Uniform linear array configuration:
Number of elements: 32
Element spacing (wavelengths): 0.75
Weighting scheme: hamming
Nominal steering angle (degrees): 30
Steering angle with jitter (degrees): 29.562
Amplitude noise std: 0.05
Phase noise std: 0.05

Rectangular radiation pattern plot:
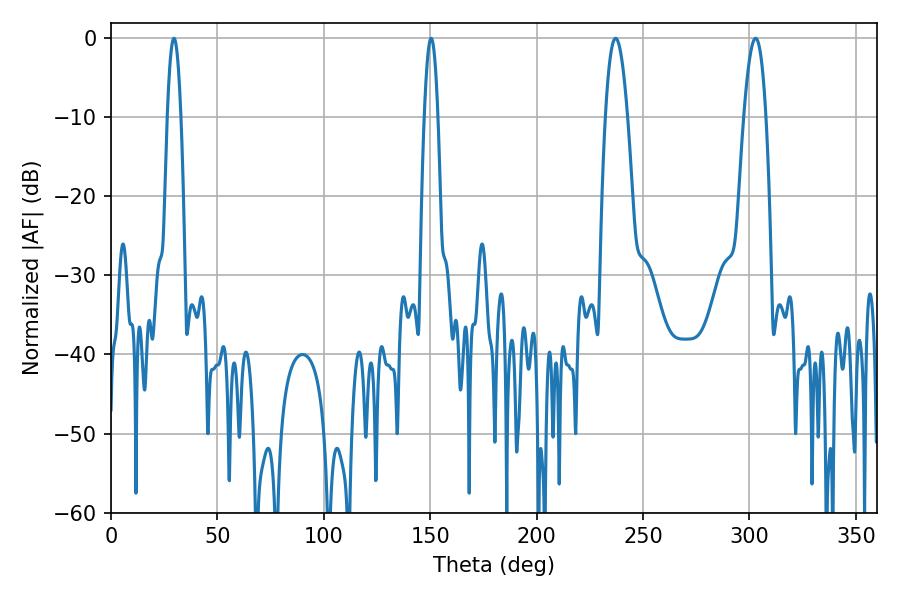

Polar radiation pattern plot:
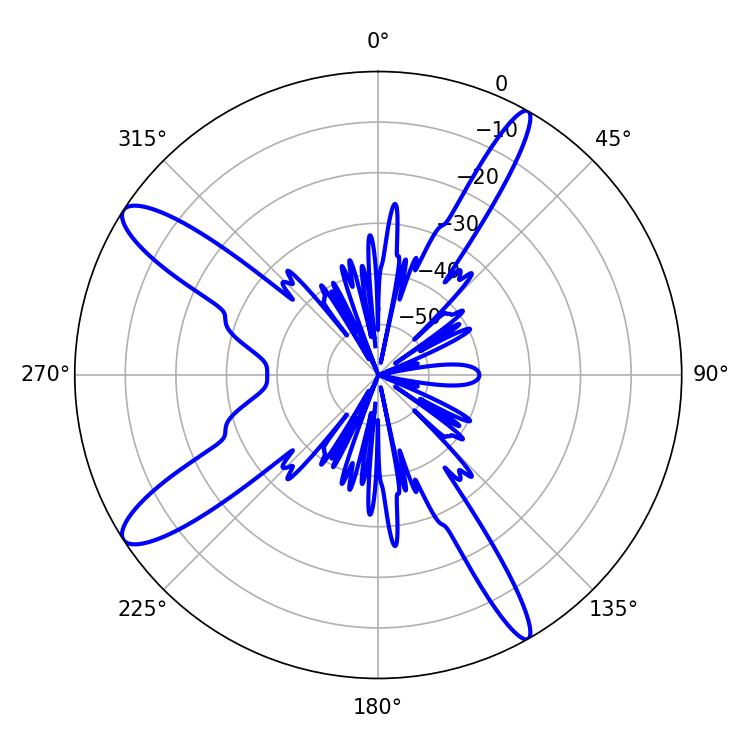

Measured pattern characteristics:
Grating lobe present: TRUE
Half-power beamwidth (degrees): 5.76
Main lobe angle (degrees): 237.06